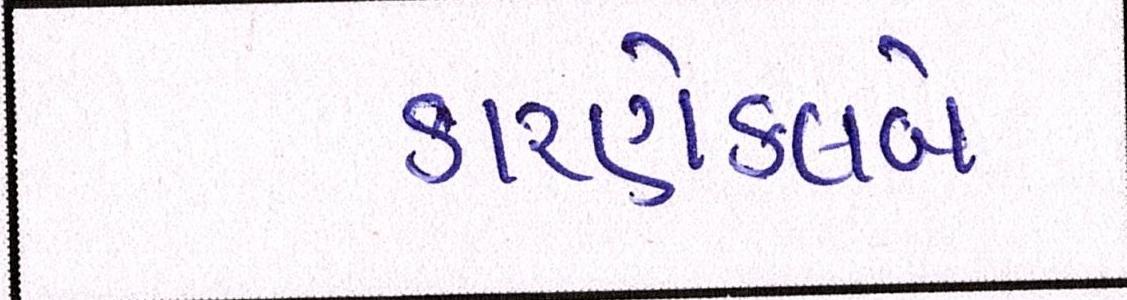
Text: કારણેક્લબે